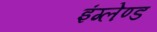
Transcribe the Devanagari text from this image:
इंग्लेण्ड